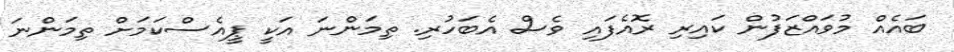
ބައެއް މުވައްޒަފުން ކައިރި ރޮއެފައި ވެސް އެބަހުރި. ތިމަންނަ އަކީ ޕީއެސްކަމަށް ތިމަންނަ